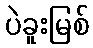
ပဲခူးမြစ်